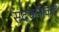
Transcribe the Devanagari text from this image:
सदचार्नाकडे